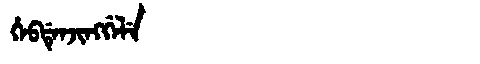
Manchu: ᡥᡝᠪᡩᡝᠨᠵᡳᠩᡤᡝᠯᡝ
Romanization: HEBDENJINGGELE